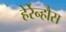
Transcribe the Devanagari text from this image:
हेर्रेन्हौस